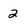
Character: 2